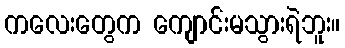
ကလေးတွေက ကျောင်းမသွားရဲဘူး။